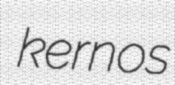
kernos